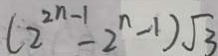
( 2 ^ { 2 n - 1 } - 2 ^ { n } - 1 ) \sqrt { 3 }